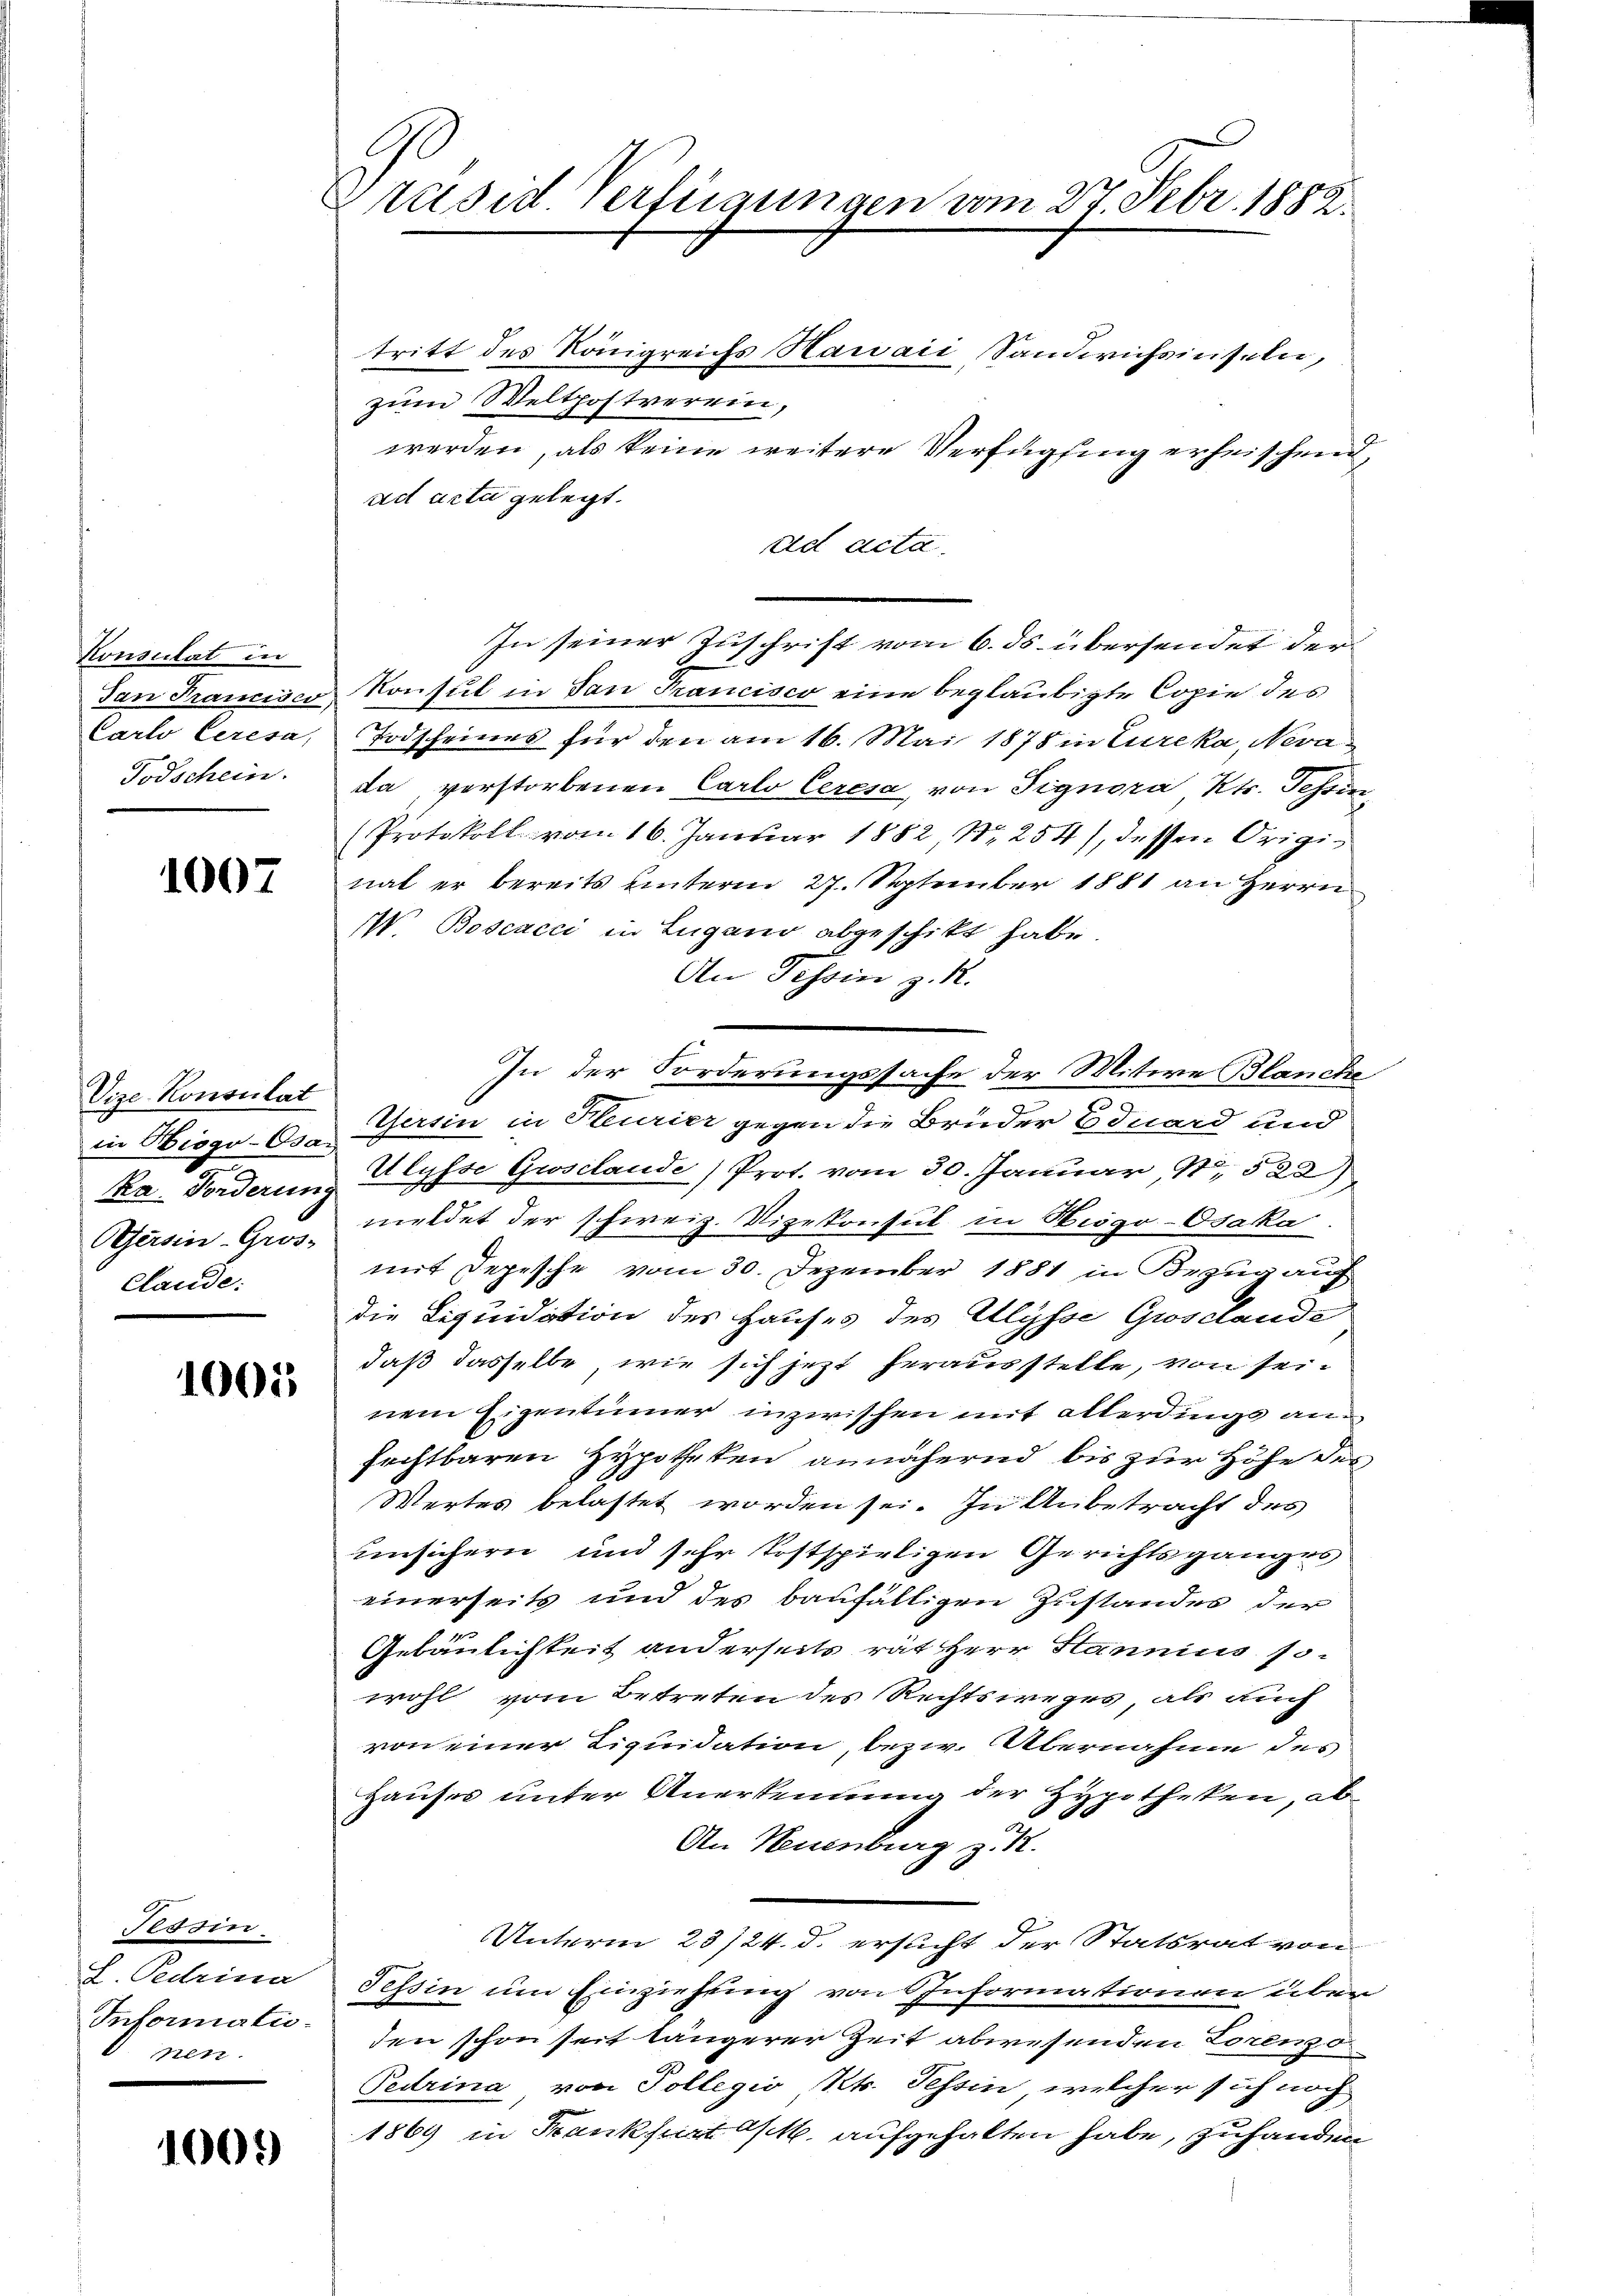
Konsulat in
San Franciser,
Carlo Ceresa,
Todschein.

1007

Vize-Konsulat
in Biogo-Osar
ka. Forderung
Gesin-Gros
Claude:

1005

Tessin
h. Pedrina
Informatio
Netz

1003

räsid. Verfügungen vom 27. Febr. 1888.

tritt des Königreichs Hauaić Sandwichsinseln,
zum Welthoftverein,
werden, als keine weitere Verfügung erheischend,
ad acta gelegt.
ad acta.
In seiner Zuschrift vom 6. ds. übersendet der
Konsul in dan Francisco eine beglaubigte Copie des
Todscheines für den am 16. Mai 1878 in Eureka, Nevada verstorbenen Carlo Ceresa von Fignora Kts. Schin
Protokoll vom 16. Januar 1882, Nr. 254), dessen Originat er bereits unterm 27. September 1881 an Herrn
IV. Boscacci in Lugano abgeschitt habe.
An Tessin z. R.
In der Forderungssache der Mitere Blanche
Versin in Pleurier gegen die Brüder Eduard und
Ulysse Grosilande Prot. vom 30. Januar 18522)
meldet der schweiz. Vizekonsul in Higo-Osaka
mit Depesche vom 30. Dezember 1881 in Bezug auf
die Liquidation des Hauses des Ulysse Groselands
daß dasselbe, wie sich jezt herausstelle, von seinem Eigentümer inzwischen mit allerdings anfechtbaren Hypotheken annähernd bis zur Höhe der
Wertes belastet worden sei. In Anbetracht des
unsichern und sehr kostspirtigen Gerichtsganges
einerseits und des baufälligen Zustandes der
Gebäulichkeit anderseits rat Herr Stannius sowohl vom Betreten des Rechtsweges, als auch
von einer Liquidation, bezw. bernahme des
Hauses unter Anerkennung der Hypotheken, ab¬
An Neuenburg z. R.
Unterm 23/24. d. ersucht der Statsrat von
Tessin um Einziehung von Informationen über
den schon seit längerer Zeit abwesenden Lorenz o
Pedrina von Tollegio Kt. Tessin, welcher sich noch
1869 in Frankfurt a/M. aufgehalten habe, zuhanden